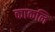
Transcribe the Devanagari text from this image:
काकलि